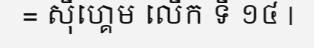
= ស៊ីហ្គេម លើក ទី ១៤ |